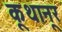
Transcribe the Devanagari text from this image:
कूथानूर